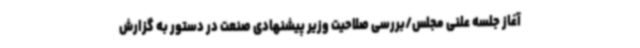
آغاز جلسه علنی مجلس/بررسی صلاحیت وزیر پیشنهادی صنعت در دستور به گزارش